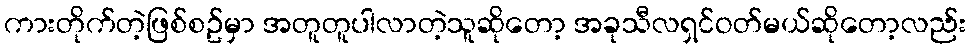
ကားတိုက်တဲ့ဖြစ်စဥ်မှာ အတူတူပါလာတဲ့သူဆိုတော့ အခုသီလရှင်ဝတ်မယ်ဆိုတော့လည်း